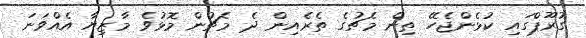
ގުރޫޕްގައި ކުޅެންޖެހޭ ތިން މެޗުގެ ތެރެއިން ދެ މެޗުން މޮޅުވެ މާޒިޔާ އެއްވަނަ